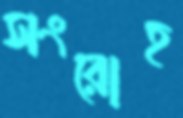
সংরোহ